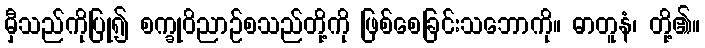
မှီသည်ကိုပြု၍ စက္ခုဝိညာဉ်စသည်တို့ကို ဖြစ်စေခြင်းသဘောကို။ ဓာတူနံ၊ တို့၏။